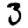
Digit: 3